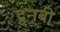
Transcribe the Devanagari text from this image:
ट्वनबी